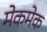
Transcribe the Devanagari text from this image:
मेकमेक